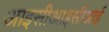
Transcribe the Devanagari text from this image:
आइसीआइसीआई